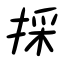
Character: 採